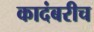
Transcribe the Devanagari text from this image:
कादंबरीच